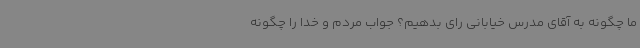
ما چگونه به آقای مدرس خیابانی رای بدهیم؟ جواب مردم و خدا را چگونه